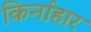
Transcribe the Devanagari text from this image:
किर्नाहार